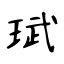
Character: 珷